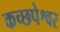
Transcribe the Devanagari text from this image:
कच्छपेश्वर